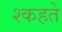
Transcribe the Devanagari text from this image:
श्कहते